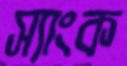
স্যাংক